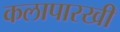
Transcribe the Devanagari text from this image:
कलापारखी